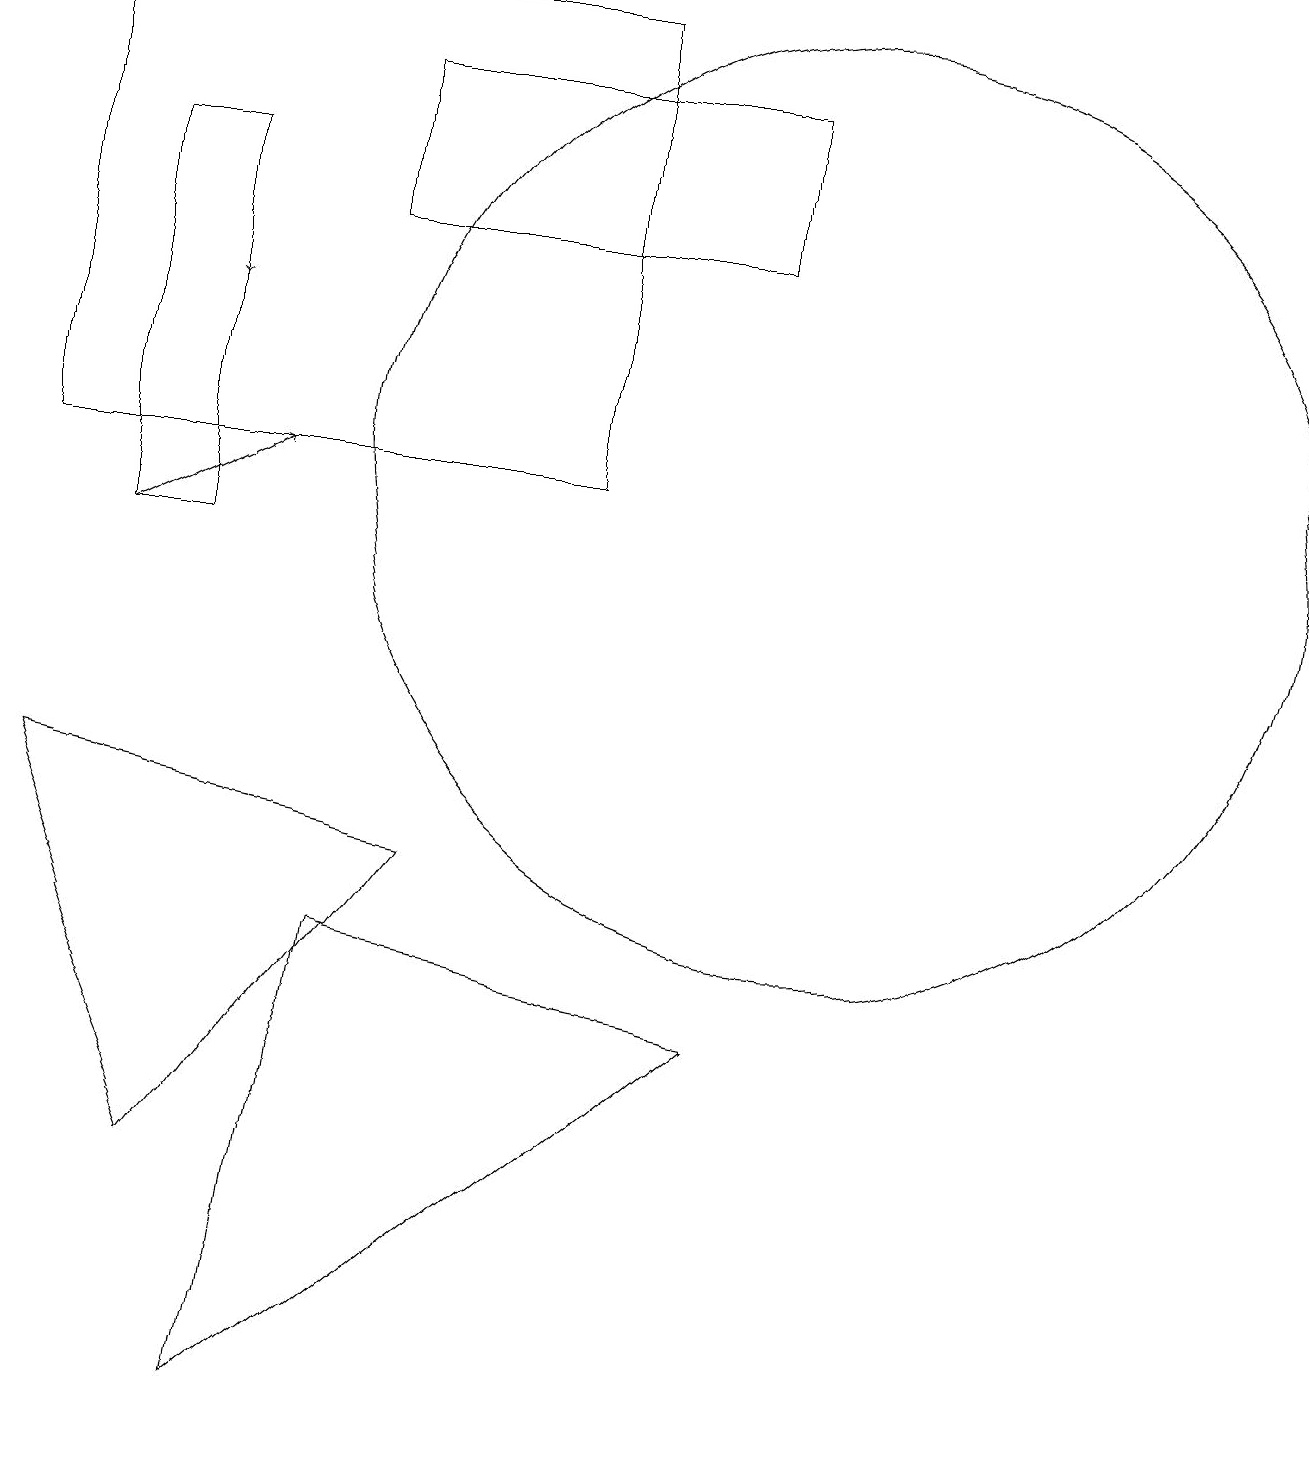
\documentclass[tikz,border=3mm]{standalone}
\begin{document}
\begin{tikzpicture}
\draw (9,5) -- (4,6) -- (3,0) -- cycle;
\draw (2,11) rectangle (1,16);
\draw (2,3) -- (5,7) -- (0,8) -- cycle;
\draw[->] (1,11) -- (3,12);
\draw (10,12) circle (6);
\draw[->] (2,15) -- (2,14);
\draw (9,15) rectangle (4,17);
\draw (7,18) rectangle (0,12);
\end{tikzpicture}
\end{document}